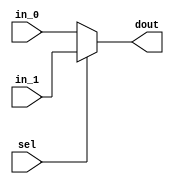
`timescale 1ns / 1ps
//////////////////////////////////////////////////////////////////////////////////
// Company: 
// Engineer: 
// 
// Design Name: 
// Module Name: mux2
// Project Name: 
// Target Devices: 
// Tool Versions: 
// Description: 
// 
// Dependencies: 
// 
// Revision:
// Revision 0.01 - File Created
// Additional Comments:
// 
//////////////////////////////////////////////////////////////////////////////////
`default_nettype none

module mux2(
    input wire [31:0] in_0, in_1,
    input wire sel,
    output wire [31:0] dout
    );
    
    // when sel=0, choose in_0; else, choose in_1
    assign dout = sel ? in_1:in_0;
       
endmodule